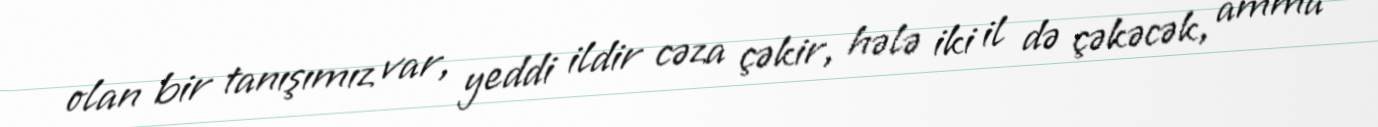
olan bir tanışımız var, yeddi ildir cəza çəkir, hələ iki il də çəkəcək, amma